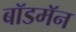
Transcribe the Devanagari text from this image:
बॉडमॅन